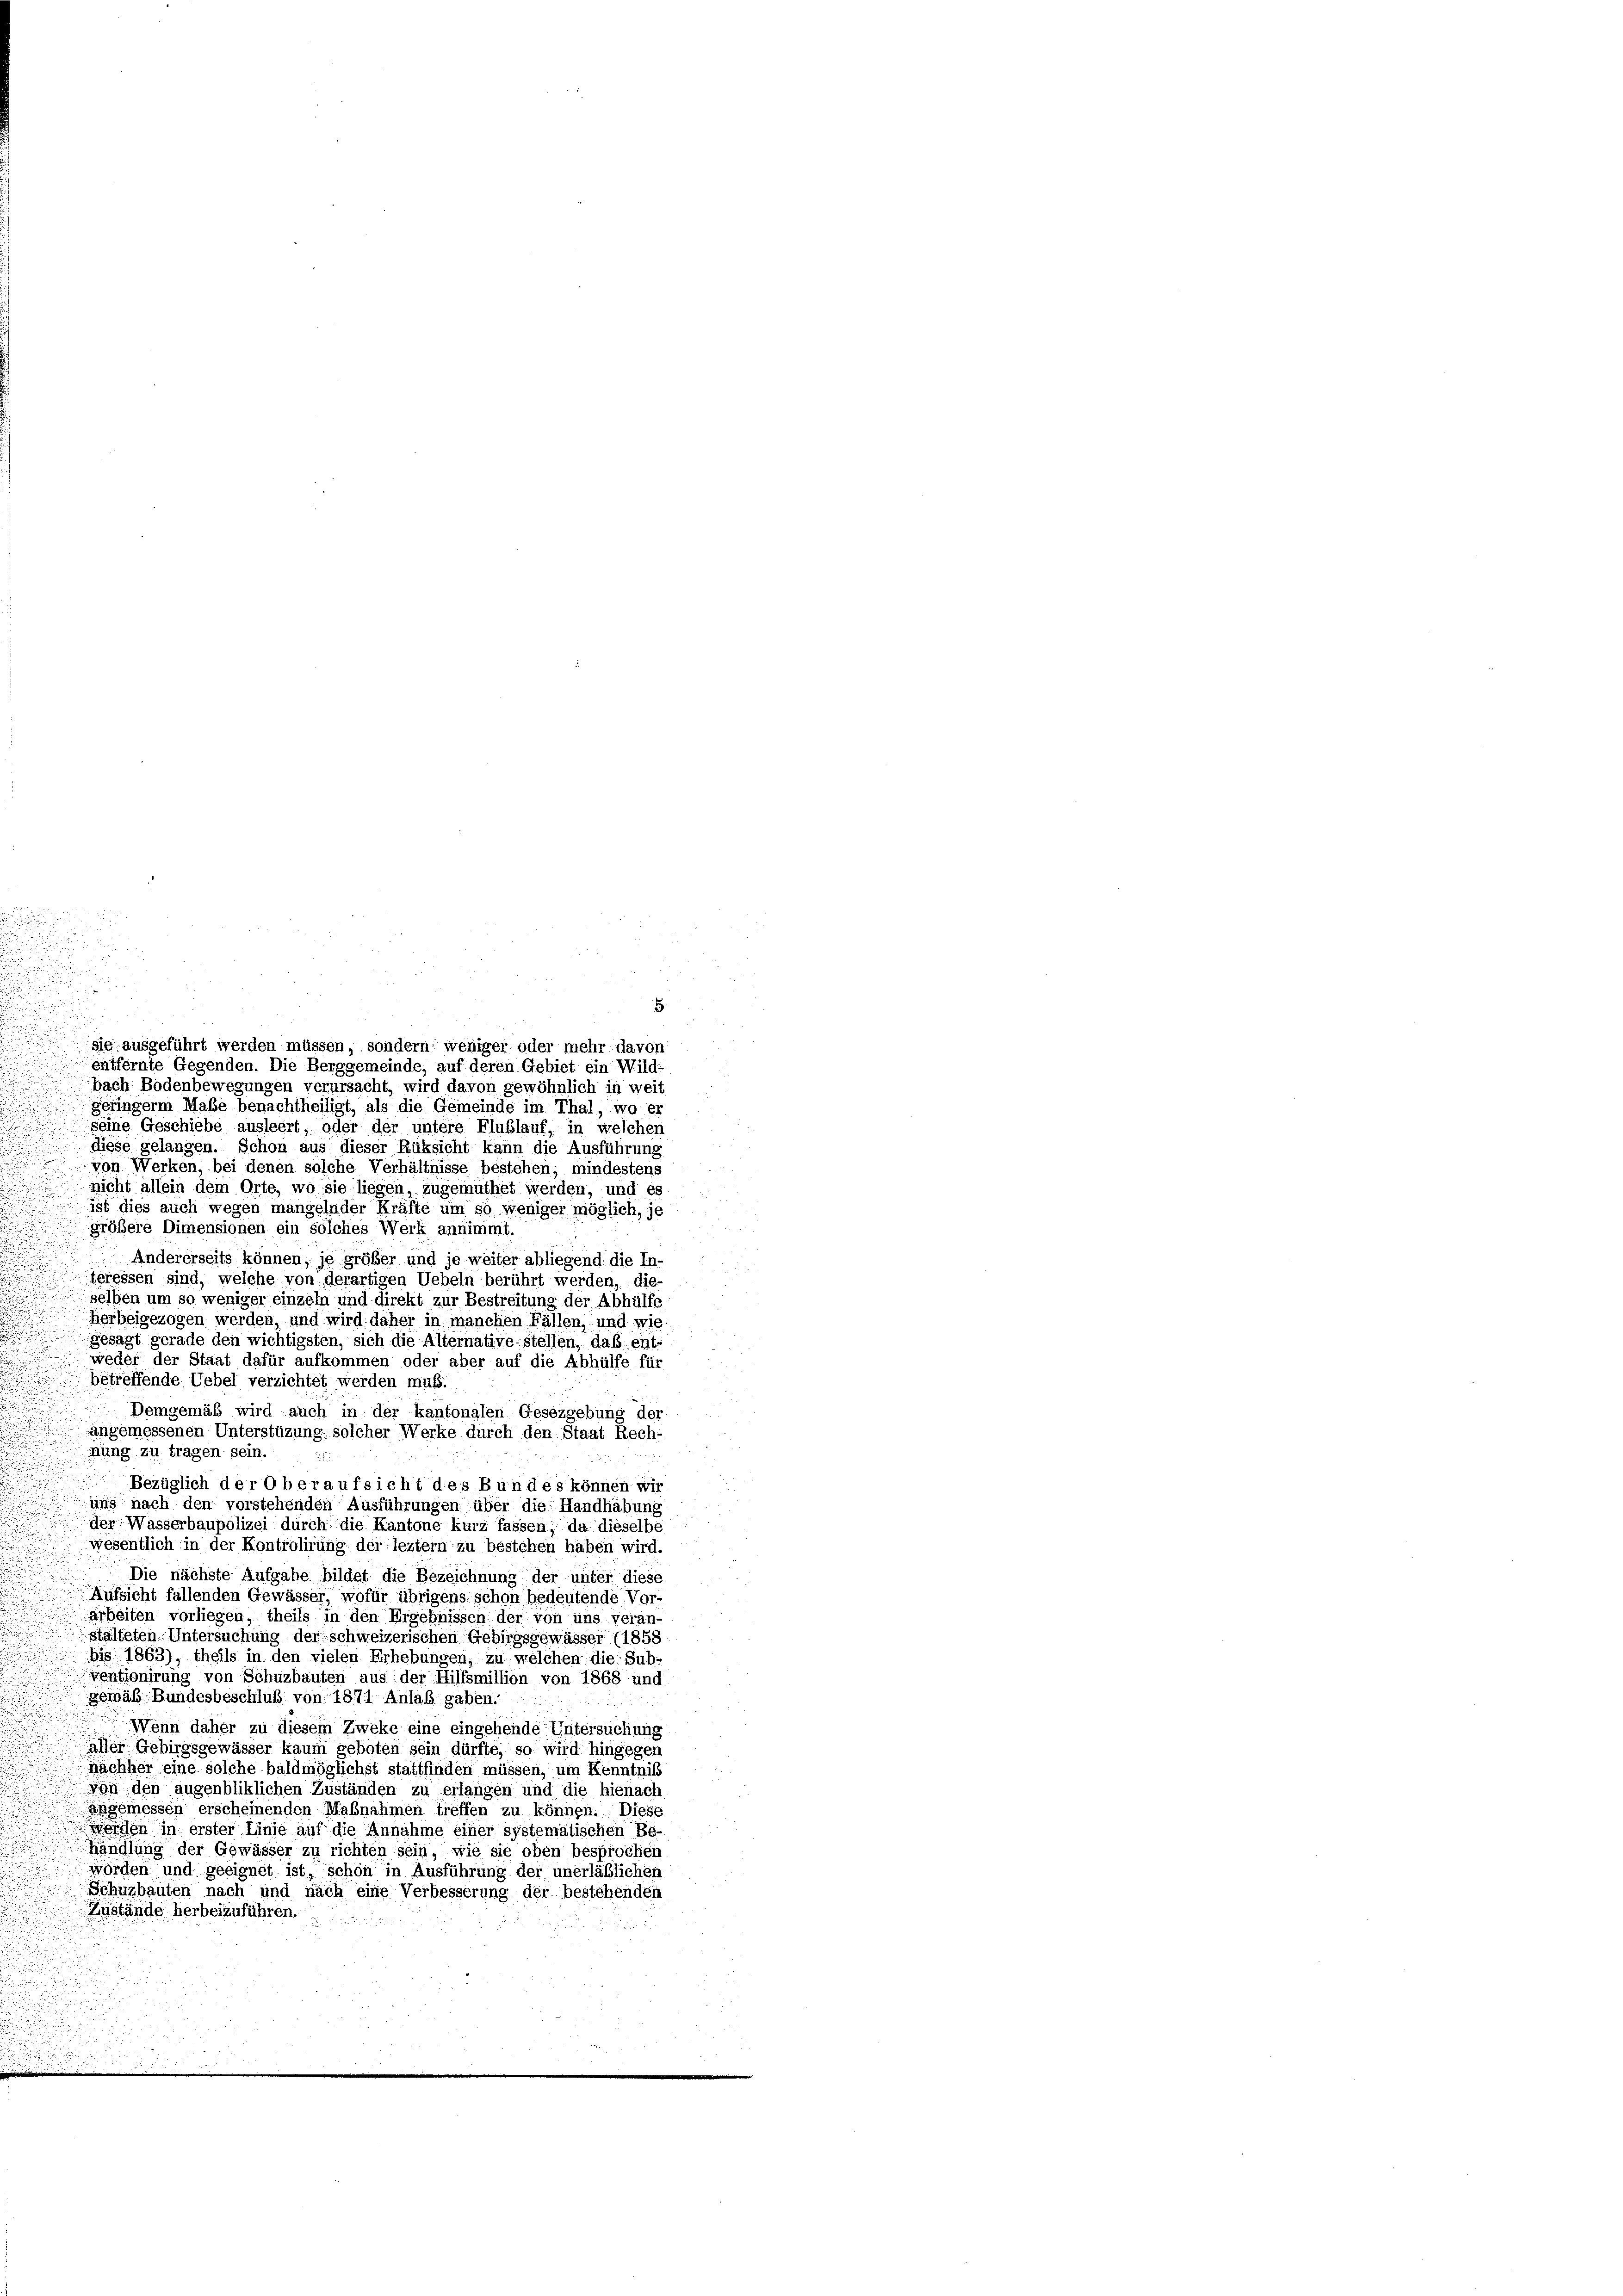
.
bach Bodenbewegungen verursacht, wird davon gewöhnlich in weit
geringerm Maße benachtheiligt, als die Gemeinde im Thal, wo er
seine Geschiebe ausleert, oder der untere Flußlauf, in welchen
diese gelangen. Schon aus dieser Rüksicht kann die Ausführung
von Werken, bei denen solche Verhältnisse bestehen; mindestens

nicht allein dem Orte, wo sie liegen, zugemüthet werden, und es
ist dies auch wegen mangelnder Kräfte um so weniger möglich, je
größere Dimensionen ein solches Werk annimmt.
Andererseits können, je größer und je weiter abliegend die In-
teressen sind, welche von derartigen Uebeln berührt werden, die-
selben um so weniger einzeln und direkt zur Bestreitung der Abhülfe
herbeigezogen werden, und wird daher in manchen Fällen, und wie
gesagt gerade den wichtigsten, sich die Alternative stellen, daß ent-
weder der Staat dafür aufkommen oder aber auf die Abhülfe für
betreffende Uebel verzichtet werden muß.
d
Demgemäß wird auch in der kantonalen Gesezgebung der
angemessenen Unterstüzung solcher Werke durch den Staat Rech-
u
ung zu tragen sein.
Bezüglich der Oberaufsicht des Bundes können wir
uns nach den vorstehenden Ausführungen über die Handhabung
der Wasserbaupolizei durch die Kantone kurz fassen, da dieselbe
wesentlich in der Kontrolirung der leztem zu bestehen haben wird.
Die nächste Aufgabe bildet die Bezeichnung der unter diese
Aufsicht fallenden Gewässer, wofür übrigens schon bedeutende Vor-
arbeiten vorliegen, theils in den Ergebnissen der von uns veran
stalteten. Untersuchung der schweizerischen Gebirgsgewässer (1858
bis 1863), theils in den vielen Erhebungen, zu welchen die Sub
ventionirung von Schuzbauten aus der Hilfsmillion von 1868 und
gemäß Bundesbeschluß von 1871. Anlaß gaben.
Wenn daher zu diesem Zweke eine eingehende Untersuchung
aller Gebirgsgewässer kaum geboten sein dürfte, so wird hingegen
nachher eine solche baldmöglichst stattfinden müssen, um Kenntnis
Von den augenbliklichen Zuständen zu erlangen und die hienach
Angemessen erscheinenden Maßnahmen treffen zu können. Diese
werden in erster Linie auf die Annahme einer systematischen Be-
Handlung der Gewässer zu richten sein, wie sie oben besprochen
wörden und geeignet ist, schön in Ausführung der unerläßlichen
Schuzbauten nach und nach eine Verbesserung der bestehenden
Zustände herbeizuführen.

u

die ausgeführt werden müssen, sondern weniger oder mehr davon
entfernte Gegenden. Die Berggemeinde, auf deren Gebiet ein Wild-

d